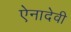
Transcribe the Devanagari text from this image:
ऐनादेवी